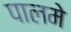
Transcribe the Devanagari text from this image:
पालमे